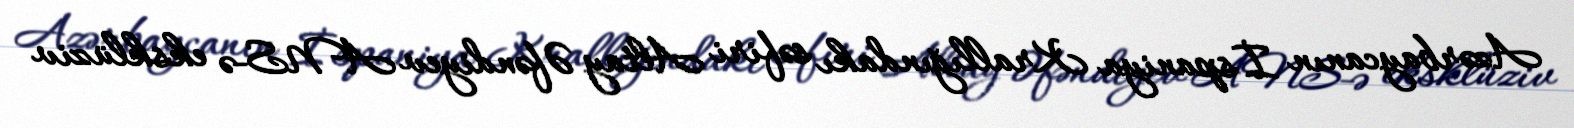
Azərbaycanın İspaniya Krallığındakı səfiri Altay Əfəndiyev ANS-ə eksklüziv